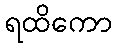
ရထိကော